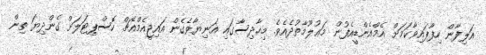
އަލިފާން ހިފާފައިވާކަމަށް އެމްއެންޑީއެފުން މަޢުލޫމާތުދެއެވެ. މިހާދިސާގައި އަނިޔާވެގެން އައިޖީއެމްއެޗް ހޮސްޕިޓަލަށް ގެންދިޔަ ތިން